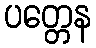
ပတ္တေန